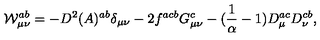
{ \cal { W } } _ { \mu \nu } ^ { a b } = - D ^ { 2 } ( A ) ^ { a b } \delta _ { \mu \nu } - 2 f ^ { a c b } G _ { \mu \nu } ^ { c } - ( { \frac { 1 } { \alpha } } - 1 ) D _ { \mu } ^ { a c } D _ { \nu } ^ { c b } ,